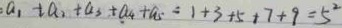
a _ { 1 } + a _ { 2 } + a _ { 3 } + a _ { 4 } + a _ { 5 } = 1 + 3 + 5 + 7 + 9 = 5 ^ { 2 }